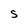
Character: S